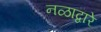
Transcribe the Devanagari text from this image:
नळाद्वारे